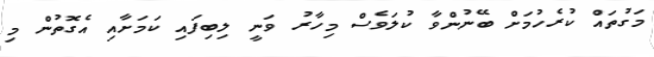
މަގުތައް ކުރެހުމަށް ބޭނުންވާ ކުލަވެސް މިހާރު ވަނީ ލިބިފައި ކަމަށާއި އެގޮތުން މި